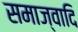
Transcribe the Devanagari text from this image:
समाज्वादि